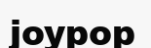
joypop